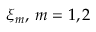
\xi _ { m } , \, m = 1 , 2